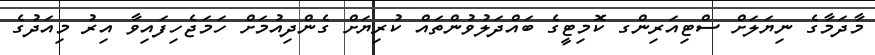
މާދަމާގެ ނިޔަލަށް ސްޓިއަރިންގ ކޮމިޓީގެ ބައްދަލުވުންތައް ކުރިޔަށް ގެންދިއުމަށް ހަމަޖެހިފައިވާ އިރު މިއަދުގެ